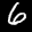
Label: 6